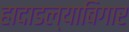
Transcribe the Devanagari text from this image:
हादाडल्याबिगार